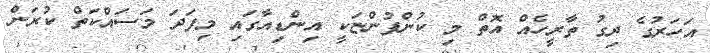
އަހަރުގެ ދިގު ތާރީހެއް އޮތް މި ކުންފުންޏަކީ އިންޑިއާގައި މިފަދަ މަސައްކަތް ކުރަން